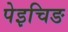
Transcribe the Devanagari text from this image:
पेइचिङ